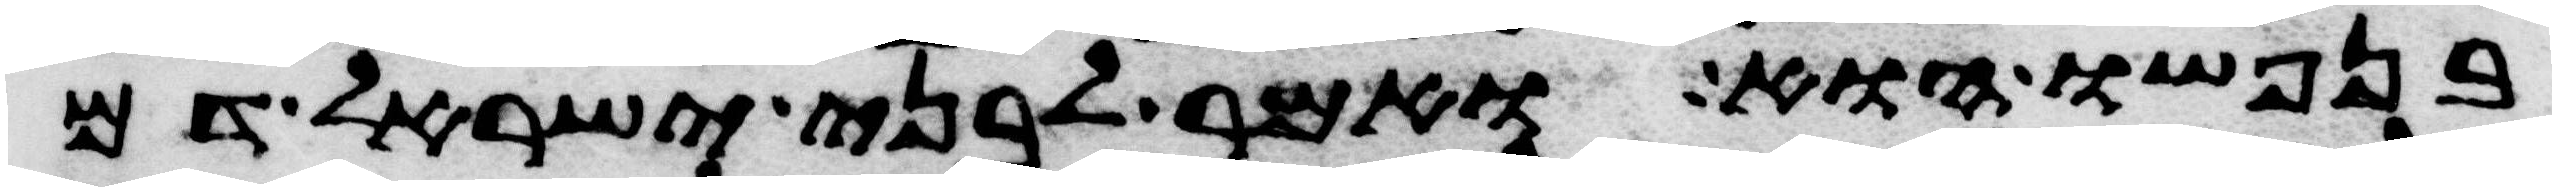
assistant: בנפשו הוא ואמר לבני ישראל דם